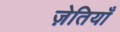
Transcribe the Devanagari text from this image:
ज़ेतियाँ